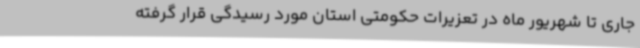
جاری تا شهریور ماه در تعزیرات حکومتی استان مورد رسیدگی قرار گرفته